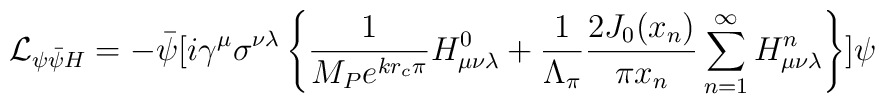
{\cal L}_{\psi\bar{\psi}H}= - \bar{\psi}[i\gamma^{\mu}\sigma^{\nu\lambda}\left\{\frac{1}{M_P e^{kr_c\pi}}H^0_{\mu\nu\lambda}+\frac{1}{\Lambda_{\pi}}\frac{2J_0(x_n)}{\pi x_n}\sum_{n=1}^{\infty}H^n_{\mu\nu\lambda}\right\}]\psi